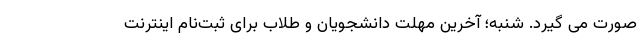
صورت می گیرد. شنبه؛ آخرین مهلت دانشجویان و طلاب برای ثبت‌نام اینترنت